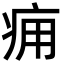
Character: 痈